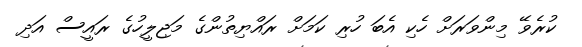
ކުރެވޭ މިންވަރަށް ހެކި އެބަ ހުރި ކަމަށް ރައްޔިތުންގެ މަޖިލީހުގެ ރައީސް އަދި